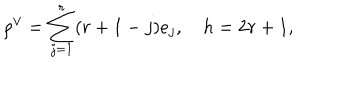
LaTeX: \rho ^ { \vee } = \sum _ { j = 1 } ^ { r } ( r + 1 - j ) e _ { j } , \quad h = 2 r + 1 ,